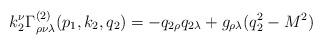
LaTeX: \begin{align*}k_2^\nu \Gamma _{\rho \nu \lambda }^{(2)}(p_1,k_2,q_2)=-q_{2\rho}q_{2\lambda }+g_{\rho \lambda }(q_2^2-M^2)\end{align*}